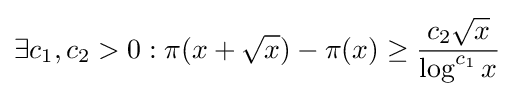
\exists c_{1},c_{2}>0:\pi (x+{\sqrt {x}})-\pi (x)\geq {\frac {c_{2}{\sqrt {x}}}{\log ^{c_{1}}x}}